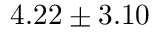
4 . 2 2 \pm 3 . 1 0